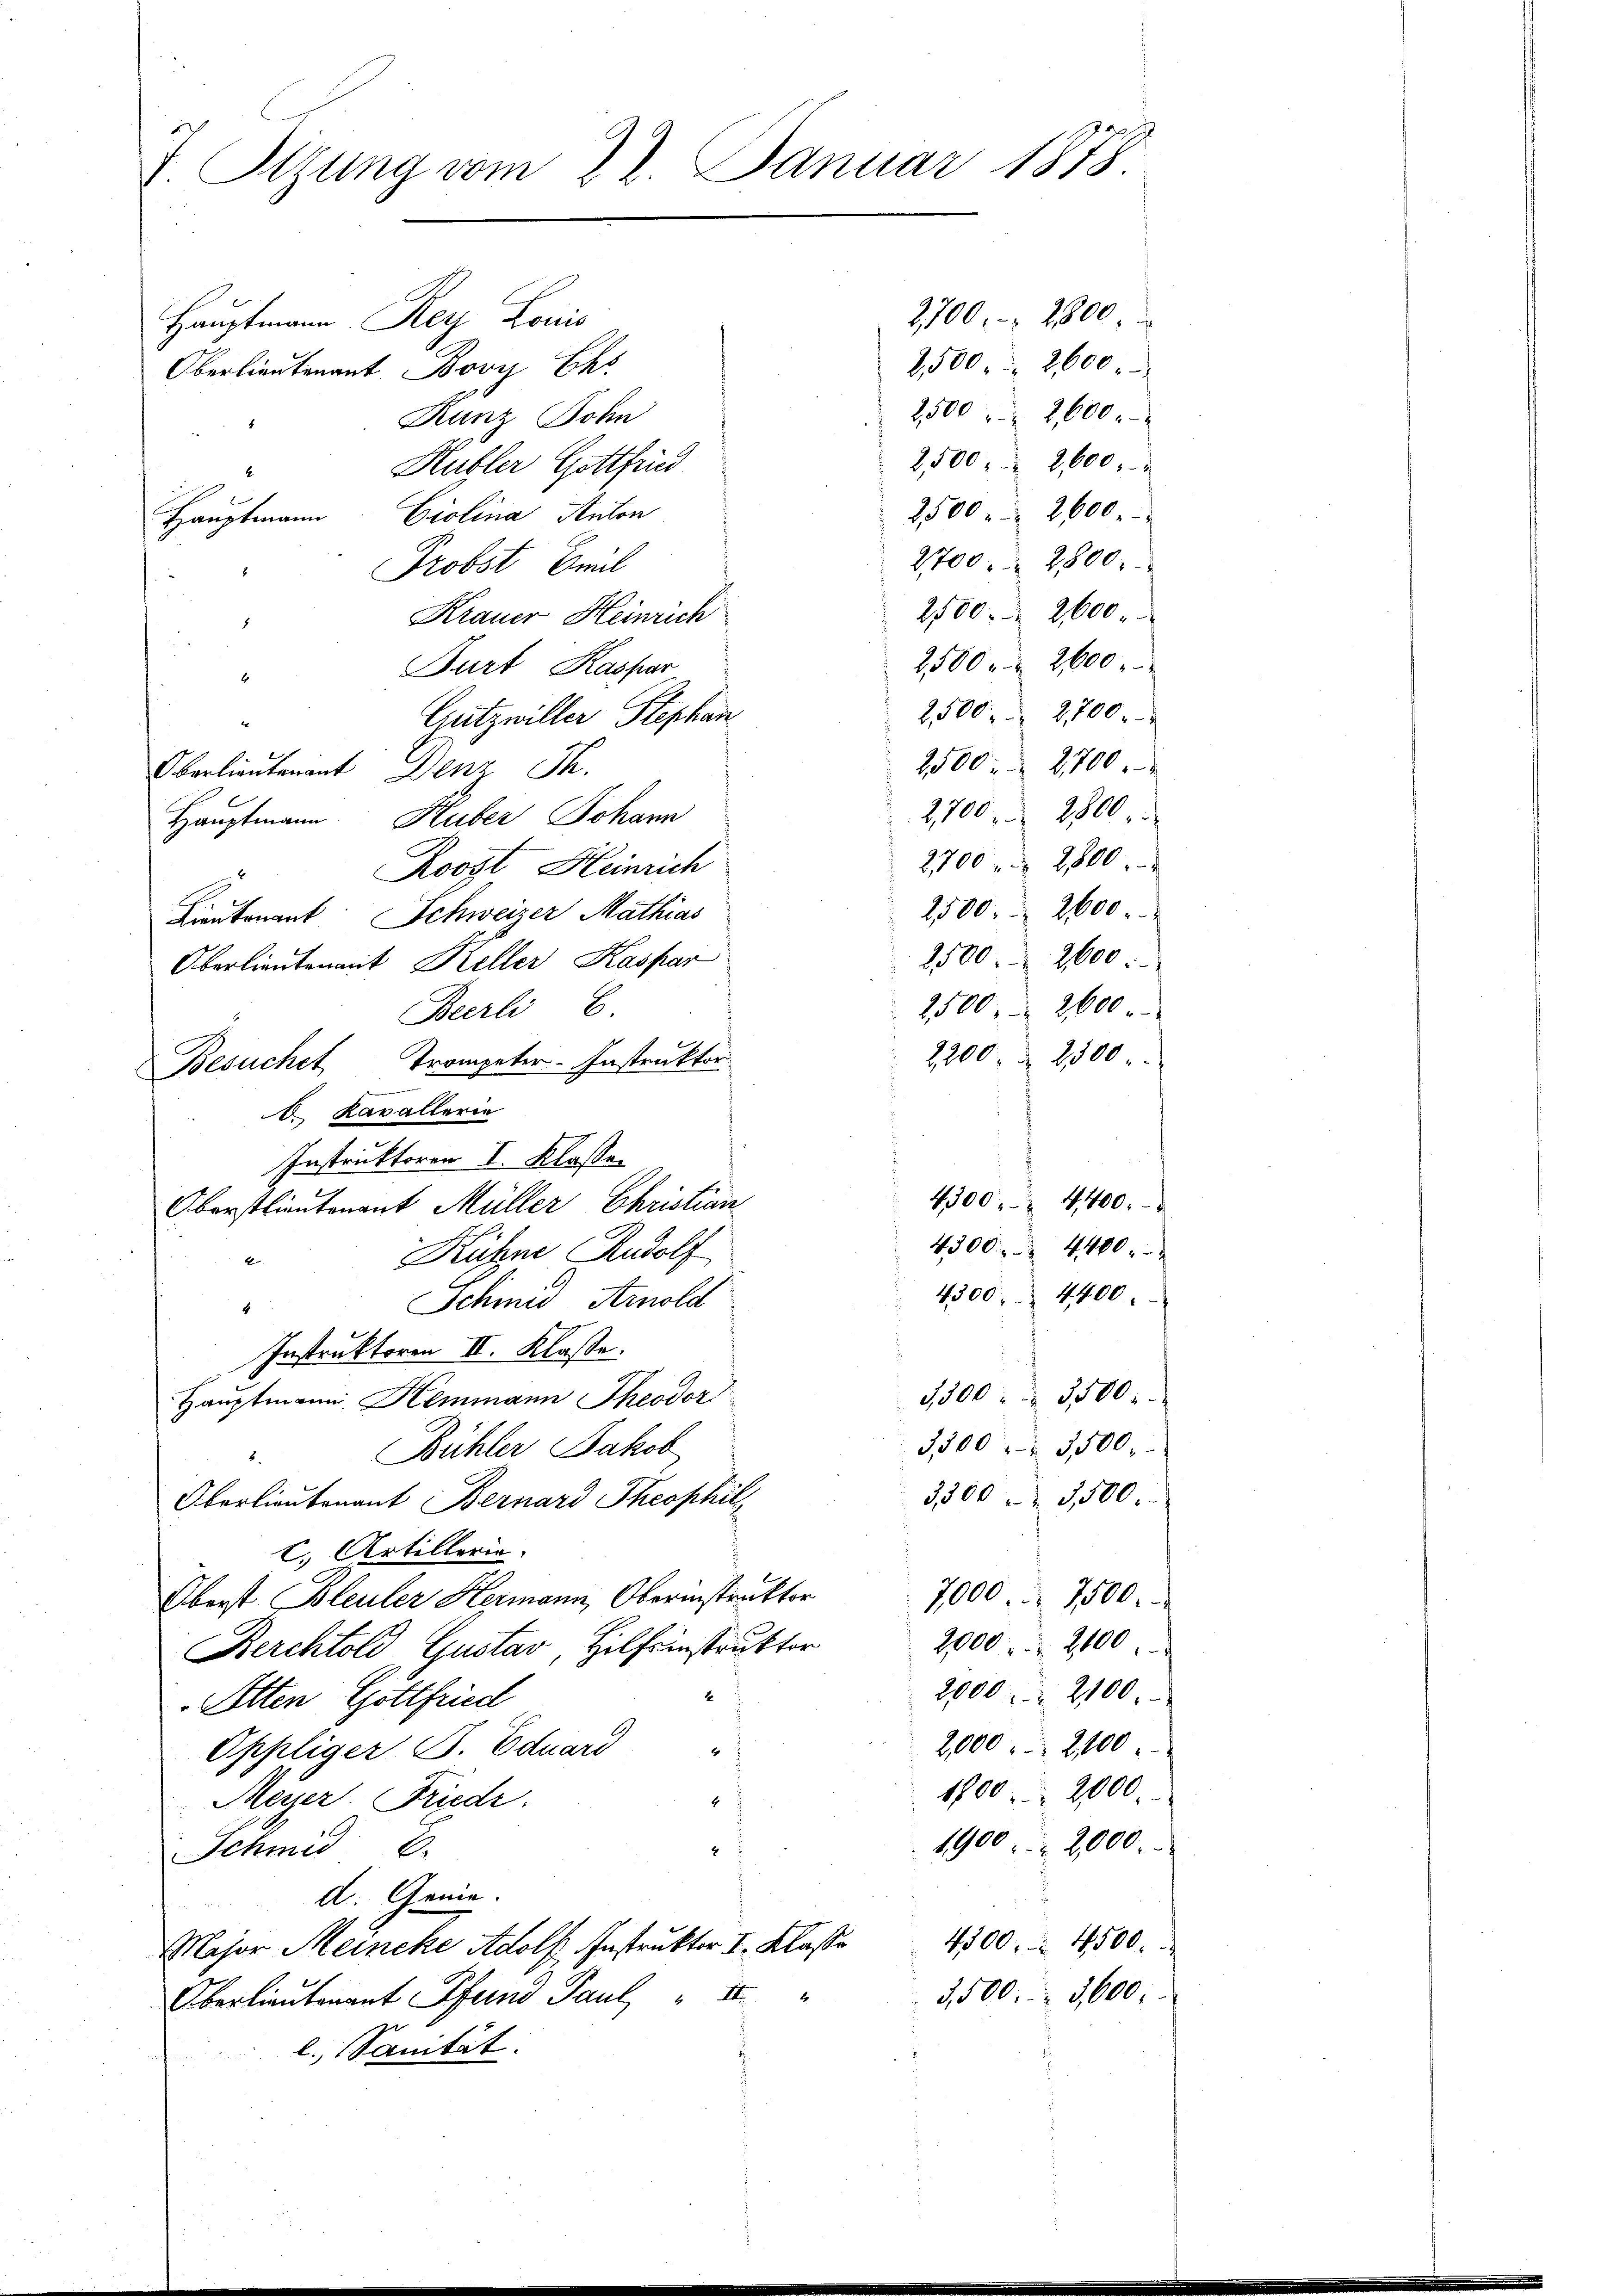
J. Sizung vom 22. Januar 1878.

2700. 2800.
Hauptmann Rey Louis
2,500  2600.
Oberlautenant. B E
2500 r. 2600.
Kunz Sohn
2,500 f 2600.
Hubler Gottfried
2500 f 2600.
Hauptmann Giolina Anton
2700. 2800.
Probst Emil
2500. 2600.
Krauer Heinrich
2500 f 2600.
Furt, Kaspar
2500 2,700
Gutzwiller Stephan
2500. 2700.
Oberlieutenant Den Th
2,700. 2800
Hauptmann Huber Johann
2700 d. 2800.
Roost Heinrich
2500. 2600
Lieutenant Schweizer Mathias
2500. 2600:
Oberlieuten mit Keller Kaspar
2500. 2600.
Bierli B.
2200. 2300
Besuchet Trompeter-Instruktor
A Kavallerie
Instruktoren I. Klasser
4300. 4400.
Oberstlieutenant Müller Christian
4300. 4400
Kühne Rudolf
A
4300. 4400
Schmid Arnold
Instruktoren II. Klasse.
3,300. 3500.
Hauptmann Hemmann Theodor
3,300 3,500
Bühler Jakob
6.
3,300 - 3,500
Oberlieutenant Bernard Theophil
C. Artillerin.
7,000. 7500
Oberst Bleuler Hermann, Oberinstruktor
2000. 2100
Berchtold Gustav, Hilfeinstruktor
2000. 2100.
Atten Gottfried
2,000    2100
Oppliger S. Eduard
4
1800. 2000.
Meyer Friedr.
1900. 2000.
Schmid
d. Genie.
Major Meincke Adolf Instruktor I. Klasse 1500. 4500.
3,500.- 3,600.
Oberlieutenant Pfand Paul  "
l. Sanität.